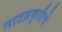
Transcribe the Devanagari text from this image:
नाटय़कृतीचे